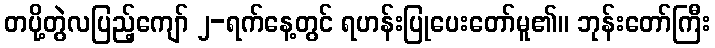
တပို့တွဲလပြည့်ကျော် ၂-ရက်နေ့တွင် ရဟန်းပြုပေးတော်မူ၏။ ဘုန်းတော်ကြီး